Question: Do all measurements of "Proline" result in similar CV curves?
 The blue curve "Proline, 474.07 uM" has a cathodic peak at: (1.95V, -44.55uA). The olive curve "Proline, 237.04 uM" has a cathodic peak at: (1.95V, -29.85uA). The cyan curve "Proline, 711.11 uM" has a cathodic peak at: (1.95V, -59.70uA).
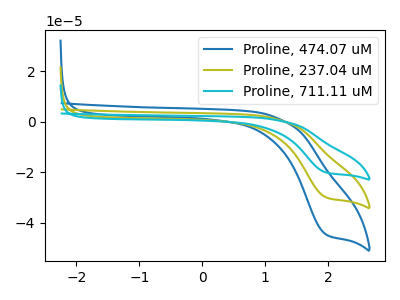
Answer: <think>All the peaks in "Proline, 474.07 uM" have a peak in "Proline, 237.04 uM" at the same potential. Every peak in "Proline, 474.07 uM" is higher than every peak in "Proline, 237.04 uM". All the peaks in "Proline, 474.07 uM" have a peak in "Proline, 711.11 uM" at the same potential. Every peak in "Proline, 474.07 uM" is lower than every peak in "Proline, 711.11 uM". All the peaks in "Proline, 237.04 uM" have a peak in "Proline, 711.11 uM" at the same potential. Every peak in "Proline, 237.04 uM" is lower than every peak in "Proline, 711.11 uM".
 </think>
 <answer>All the CV's of "Proline" have similar shape.</answer>
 <eval>follow_rule</eval>